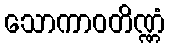
သောကာဝတိဏ္ဏံ